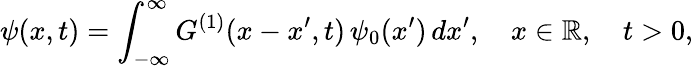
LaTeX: \psi(x,t)=\int_{-\infty}^{\infty}G^{(1)}(x-x^{\prime},t)\, \psi_{0}(x^{\prime})\, dx^{\prime},\quad x\in\mathbb{R},\quad t>0,